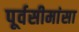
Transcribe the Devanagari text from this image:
पूर्वसीमांसा